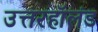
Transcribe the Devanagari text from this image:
उत्तरहॉलंड